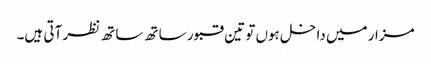
مزار میں داخل ہوں تو تین قبور ساتھ ساتھ نظر آتی ہیں۔